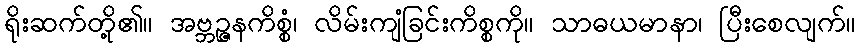
ရိုးဆက်တို့၏။ အဗ္ဘဉ္ဇနကိစ္စံ၊ လိမ်းကျံခြင်းကိစ္စကို။ သာဓယမာနာ၊ ပြီးစေလျက်။